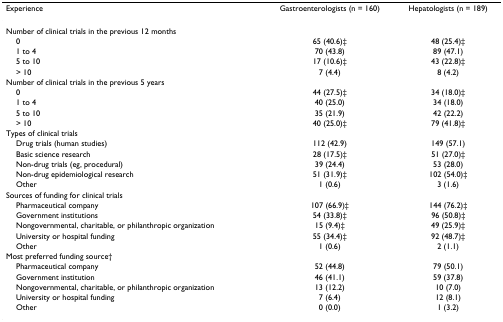
| Experience | Gastroenterologists (n = 160) | Hepatologists (n = 189) |
 | --- | --- | --- |
 | Number of clinical trials in the previous 12 months |  |  |
 | 0 | 65 (40.6)‡ | 48 (25.4)‡ |
 | 1 to 4 | 70 (43.8) | 89 (47.1) |
 | 5 to 10 | 17 (10.6)‡ | 43 (22.8)‡ |
 | > 10 | 7 (4.4) | 8 (4.2) |
 | Number of clinical trials in the previous 5 years |  |  |
 | 0 | 44 (27.5)‡ | 34 (18.0)‡ |
 | 1 to 4 | 40 (25.0) | 34 (18.0) |
 | 5 to 10 | 35 (21.9) | 42 (22.2) |
 | > 10 | 40 (25.0)‡ | 79 (41.8)‡ |
 | Types of clinical trials |  |  |
 | Drug trials (human studies) | 112 (42.9) | 149 (57.1) |
 | Basic science research | 28 (17.5)‡ | 51 (27.0)‡ |
 | Non-drug trials (eg, procedural) | 39 (24.4) | 53 (28.0) |
 | Non-drug epidemiological research | 51 (31.9)‡ | 102 (54.0)‡ |
 | Other | 1 (0.6) | 3 (1.6) |
 | Sources of funding for clinical trials |  |  |
 | Pharmaceutical company | 107 (66.9)‡ | 144 (76.2)‡ |
 | Government institutions | 54 (33.8)‡ | 96 (50.8)‡ |
 | Nongovernmental, charitable, or philanthropic organization | 15 (9.4)‡ | 49 (25.9)‡ |
 | University or hospital funding | 55 (34.4)‡ | 92 (48.7)‡ |
 | Other | 1 (0.6) | 2 (1.1) |
 | Most preferred funding source† |  |  |
 | Pharmaceutical company | 52 (44.8) | 79 (50.1) |
 | Government institution | 46 (41.1) | 59 (37.8) |
 | Nongovernmental, charitable, or philanthropic organization | 13 (12.2) | 10 (7.0) |
 | University or hospital funding | 7 (6.4) | 12 (8.1) |
 | Other | 0 (0.0) | 1 (3.2) |